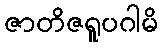
ဇာတိဇရူပဂါမိ